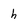
Character: h